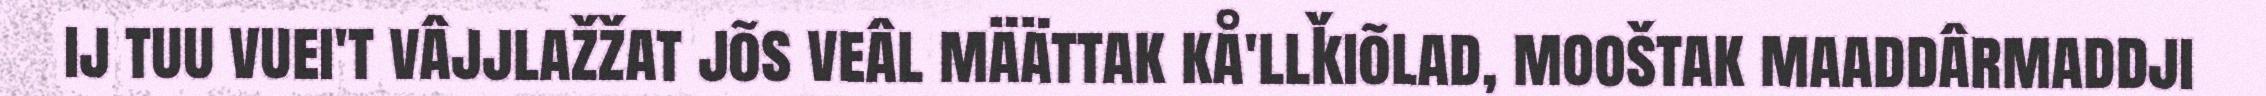
ij tuu vuei't vâjjlažžat jõs veâl määttak kå'llǩiõlad, mooštak maaddârmaddji